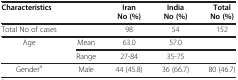
<table><thead><tr><td rowspan="2" colspan="2"><b>Characteristics</b></td><td><b>Iran</b></td><td><b>India</b></td><td><b>Total</b></td></tr><tr><td><b>No (%)</b></td><td><b>No (%)</b></td><td><b>No (%)</b></td></tr></thead><tbody><tr><td>Total No of cases</td><td> </td><td>98</td><td>54</td><td>152</td></tr><tr><td rowspan="2"> Age</td><td>Mean</td><td>63.0</td><td>57.0</td><td> </td></tr><tr><td>Range</td><td>27-84</td><td>35-75</td><td> </td></tr><tr><td> Gender<sup>a</sup></td><td>Male</td><td>44 (45.8)</td><td>36 (66.7)</td><td>80 (46.7)</td></tr></tbody></table>